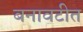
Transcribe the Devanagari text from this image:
बनावटीत